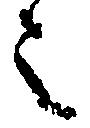
之